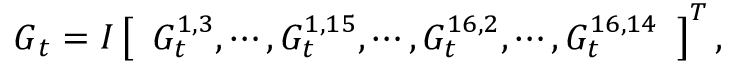
\boldsymbol G _ { t } = I \left[ \begin{array} { l } { G _ { t } ^ { 1 , 3 } , \cdots , G _ { t } ^ { 1 , 1 5 } , \cdots , G _ { t } ^ { 1 6 , 2 } , \cdots , G _ { t } ^ { 1 6 , 1 4 } } \end{array} \right] ^ { T } ,